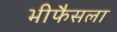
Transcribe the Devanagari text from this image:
भीफैसला